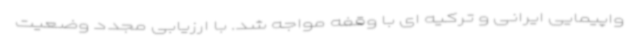
واپیمایی ایرانی و ترکیه ای با وقفه مواجه شد. با ارزیابی مجدد وضعیت